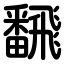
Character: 飜